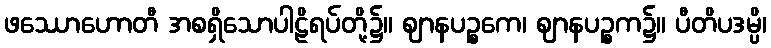
ဖဿောဟောတီ အစရှိသောပါဠိရပ်တို့၌။ ဈာနပဉ္စကေ၊ ဈာနပဉ္စက၌။ ပီတိပဒမ္ပိ၊